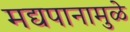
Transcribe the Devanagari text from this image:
मद्यपानामुळे